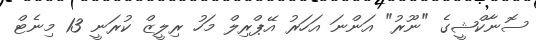
ސޮނާކްޝީގެ "ނޫރު" އަންނަ އަހަރު އޭޕްރިލް މަހު ރިލީޒް ކުރަނީ 13 މިނެޓް